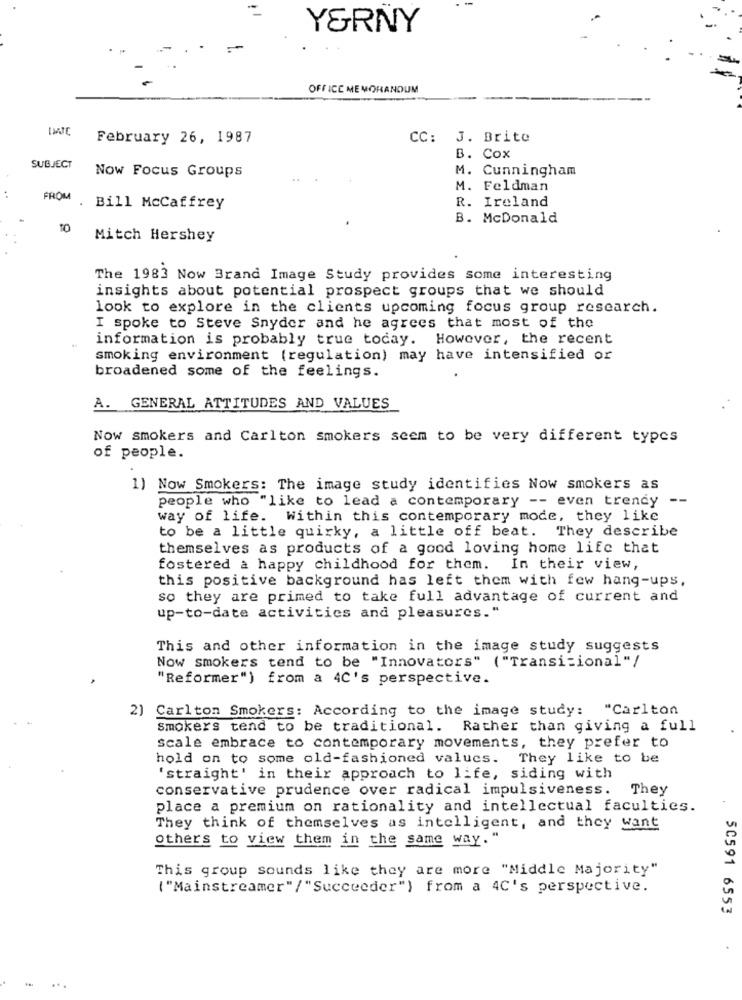
Y&RNY
OFFICE MEMORANDUM
February 26, 1987
CC: J. Brite
B. Cox
SUBJECT
M. Cunningham
Now Focus Groups
..
M. Feldman
:
R. Ireland
FROM . Bill McCaffrey
B. McDonald
TO
Mitch Hershey
The 1983 Now Brand Image Study provides some interesting
insights about potential prospect groups that we should
look to explore in the clients upcoming focus group research.
I spoke to Steve Snyder and he agrees that most of the
information is probably true today. However, the recent
smoking environment (regulation) may have intensified or
broadened some of the feelings.
A. GENERAL ATTITUDES AND VALUES
Now smokers and Carlton smokers seem to be very different types
of people.
1) Now Smokers: The image study identifies Now smokers as
people who "like to lead a contemporary -- even trendy -
way of life. Within this contemporary mode, they like
to be a little quirky, a little off beat. They describe
themselves as products of a good loving home life that
fostered a happy childhood for them. In their view,
this positive background has left them with few hang-ups.
so they are primed to take full advantage of current and
up-to-date activities and pleasures."
This and other information in the image study suggests
Now smokers tend to be "Innovators" ("Transitional"/
"Reformer") from a 4C's perspective.
2) Carlton Smokers: According to the image study: "Carlton
smokers tend to be traditional. Rather than giving a full
scale embrace to contemporary movements, they prefer to
hold on to some old-fashioned values. They like to be
'straight' in their approach to life, siding with
conservative prudence over radical impulsiveness.
They
place a premium on rationality and intellectual faculties.
They think of themselves as intelligent, and they want
others to view them in the same way."
This group sounds like they are more "Middle Majority"
( "Mainstreamer"/"Succeeder") from a 4C's perspective.
50591 6553